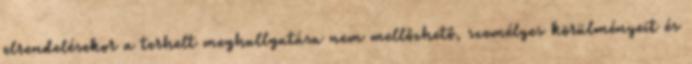
elrendelésekor a terhelt meghallgatása nem mellőzhető, személyes körülményeit és